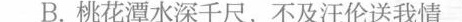
B.桃花潭水深千尺，不及汪伦送我情